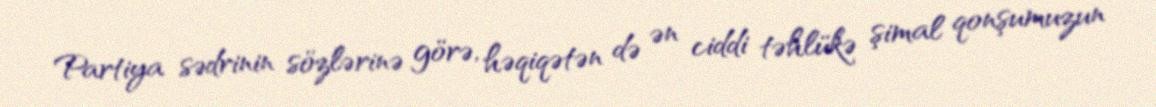
Partiya sədrinin sözlərinə görə, həqiqətən də ən ciddi təhlükə şimal qonşumuzun